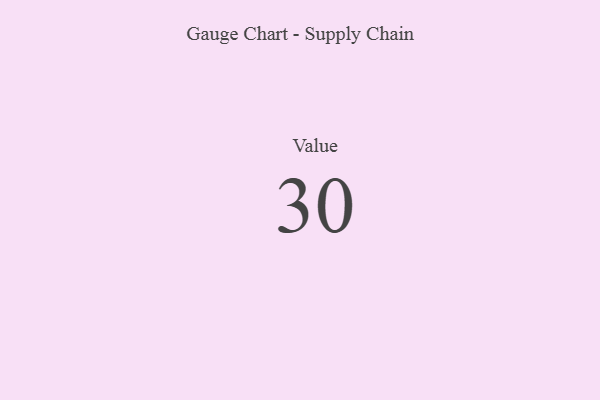
{"axis": {"x": "Metric", "y": "Value"}, "legend": [""], "data": [{"x": "Value", "y": 30, "type": ""}]}